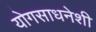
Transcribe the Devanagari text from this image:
योगसाधनेशी